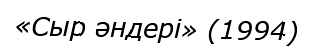
«Сыр әндері» (1994)